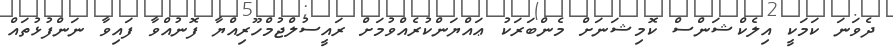
ދެވަަނަ ކަމަކީ އިލެކްޝަންސް ކޮމިޝަނަށް މެންބަރަކު ޢައްޔަންކުރެއްވުމަށް ރައީސުލްޖުމްހޫރިއްޔާ ފޮނުއްވާ ފައިވާ ނަންފުޅުތައް